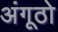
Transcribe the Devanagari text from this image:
अंगूठो